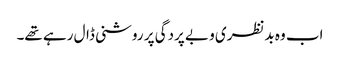
اب وہ بدنظری و بے پردگی پر روشنی ڈال رہے تھے۔